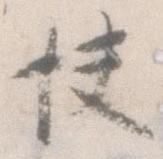
快